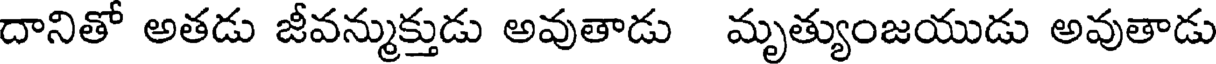
దానితో అతడు జీవన్ముక్తుడు అవుతాడు మృత్యుంజయుడు అవుతాడు